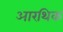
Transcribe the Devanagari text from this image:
आरथिक